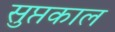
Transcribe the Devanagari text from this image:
सुप्तकाल